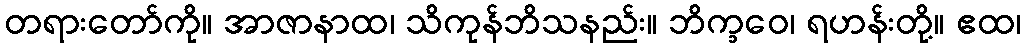
တရားတော်ကို။ အာဇာနာထ၊ သိကုန်ဘိသနည်း။ ဘိက္ခဝေ၊ ရဟန်းတို့။ ဧထ၊